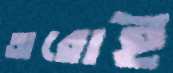
অরোই